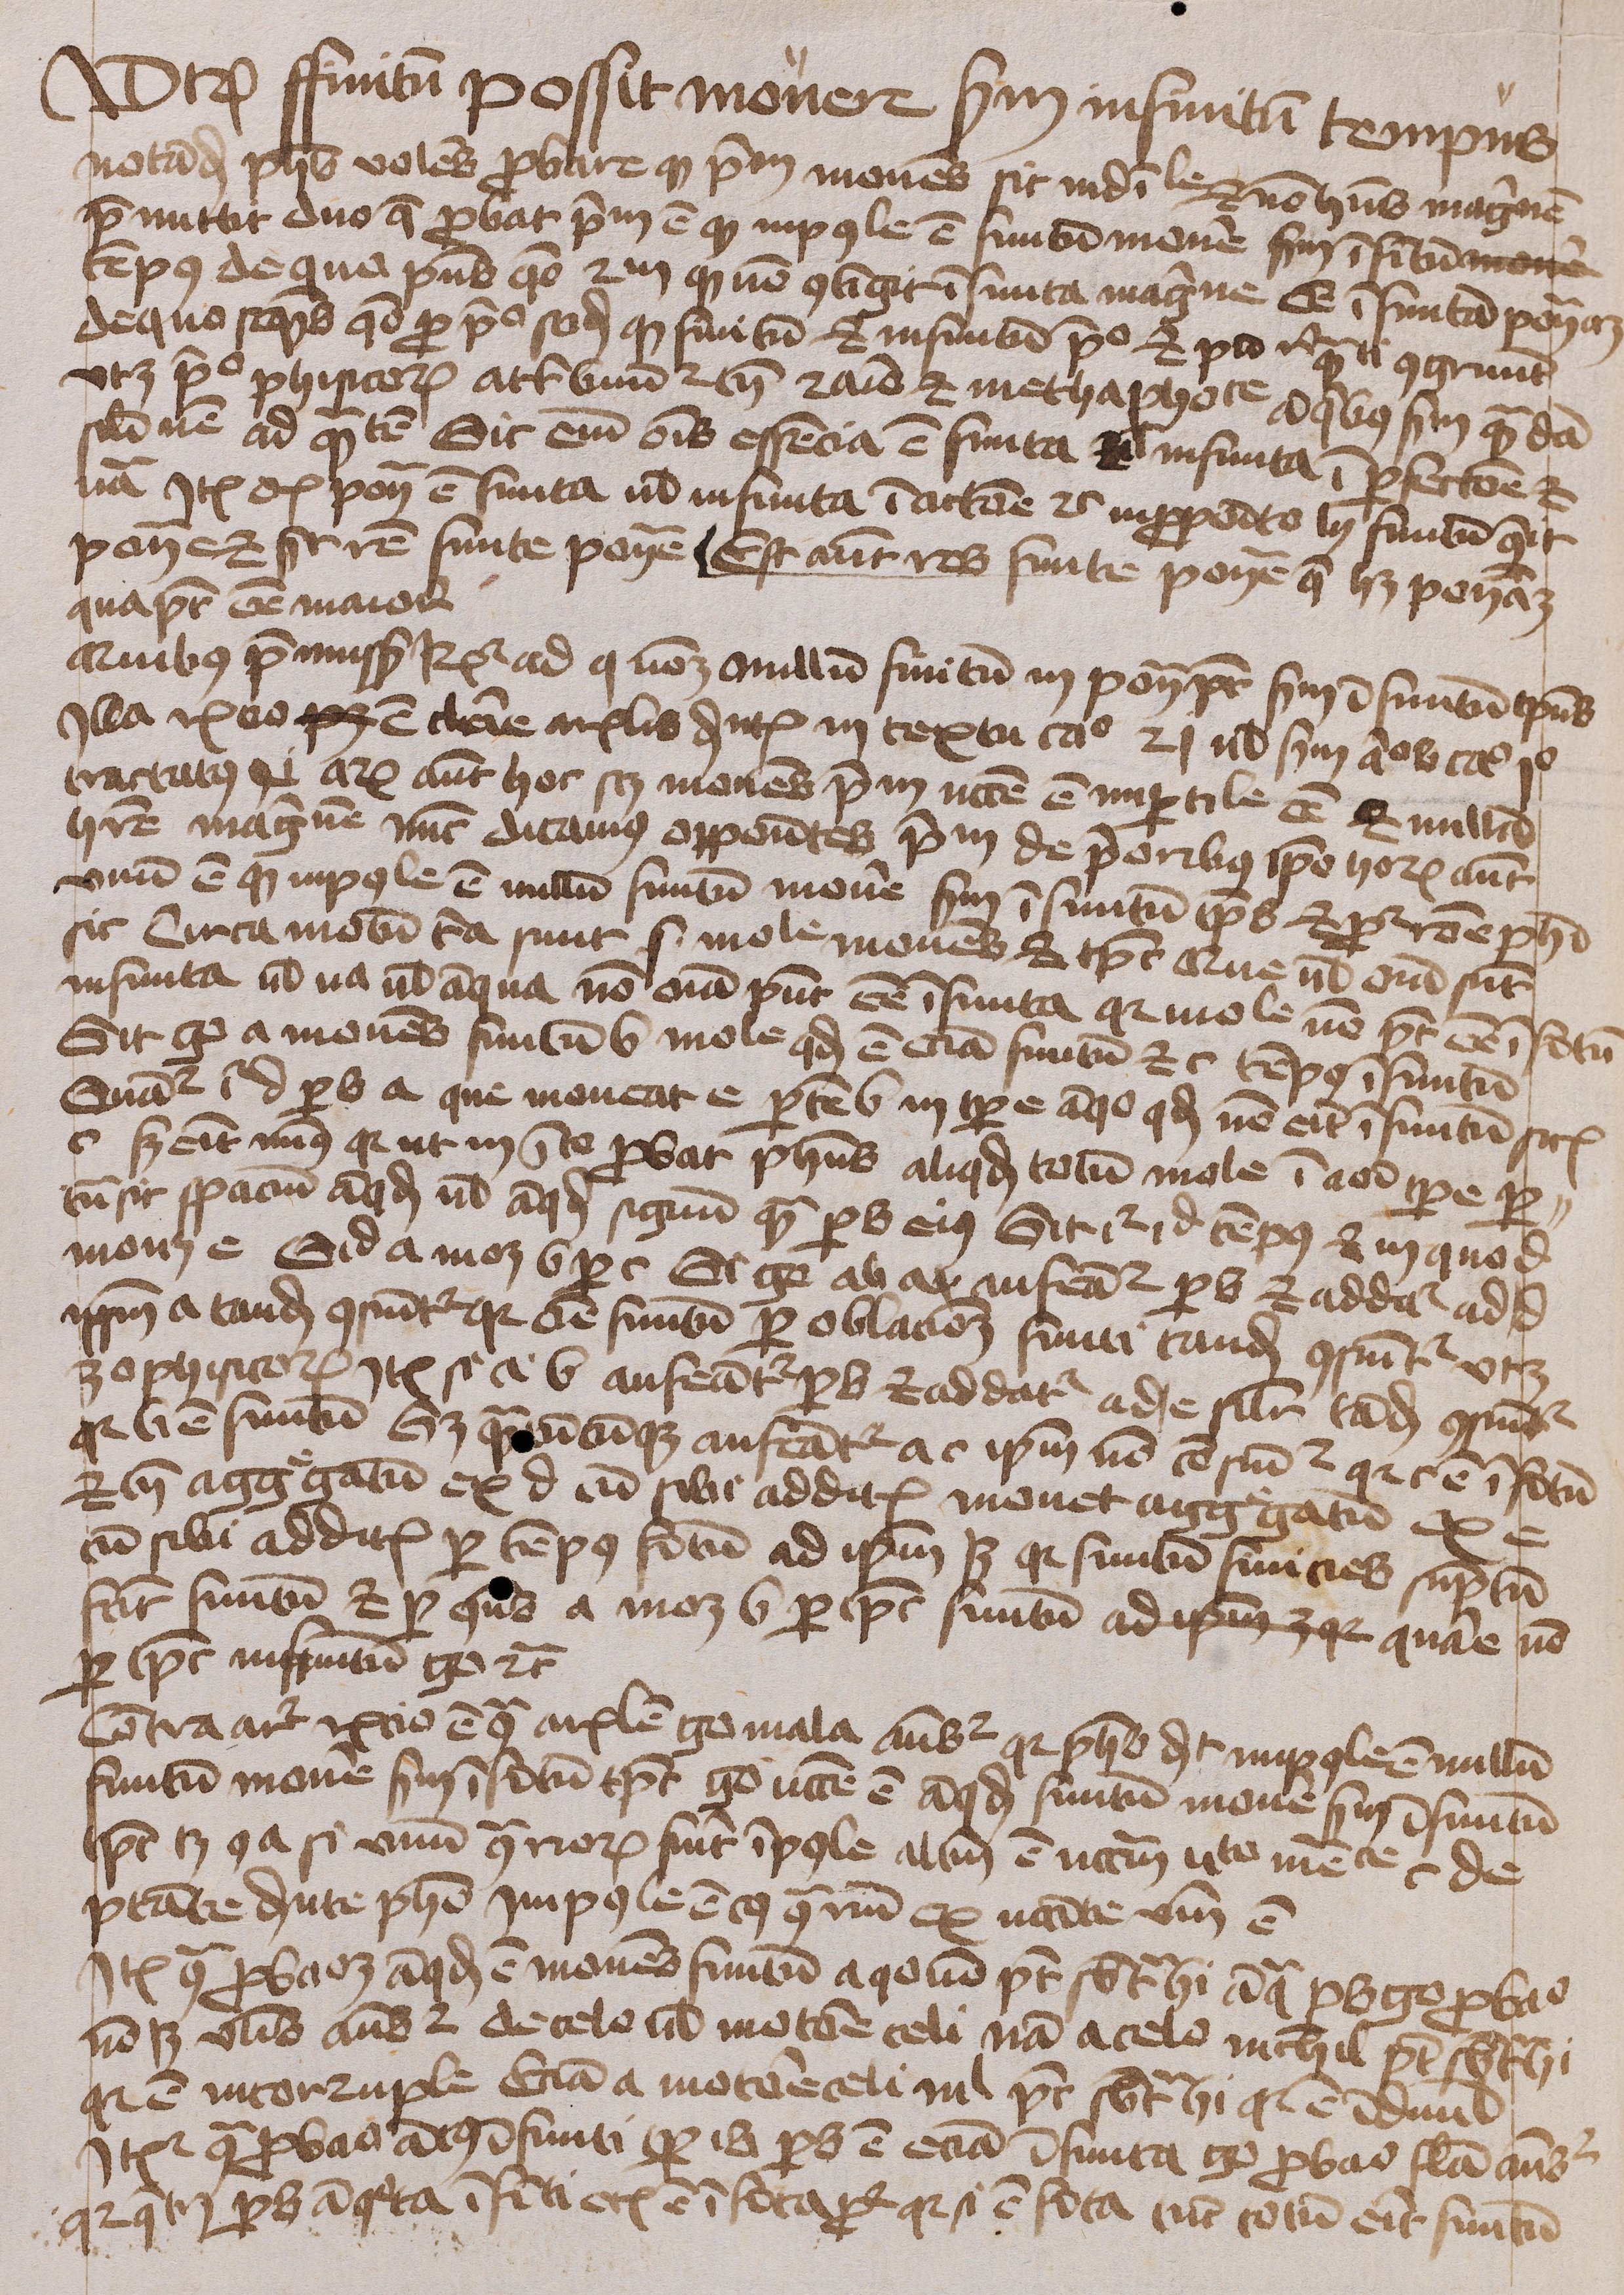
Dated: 1450–1474